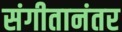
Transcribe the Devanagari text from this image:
संगीतानंतर